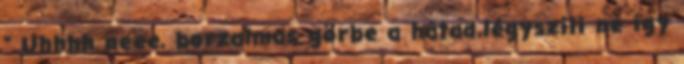
" Uhhhh neee, borzalmas görbe a hátad,légysziii ne így